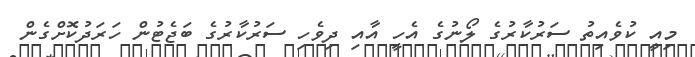
މިއީ ކުވެއިތު ސަރުކާރުގެ ލޯނުގެ އެހީ އާއި ދިވެހި ސަރުކާރުގެ ބަޖެޓުން ހަރަދުކޮށްގެން